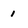
Character: 1